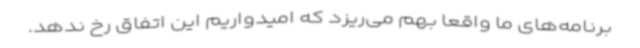
برنامه‌های ما واقعا بهم‌ می‌ریزد که امیدواریم این اتفاق رخ ندهد.